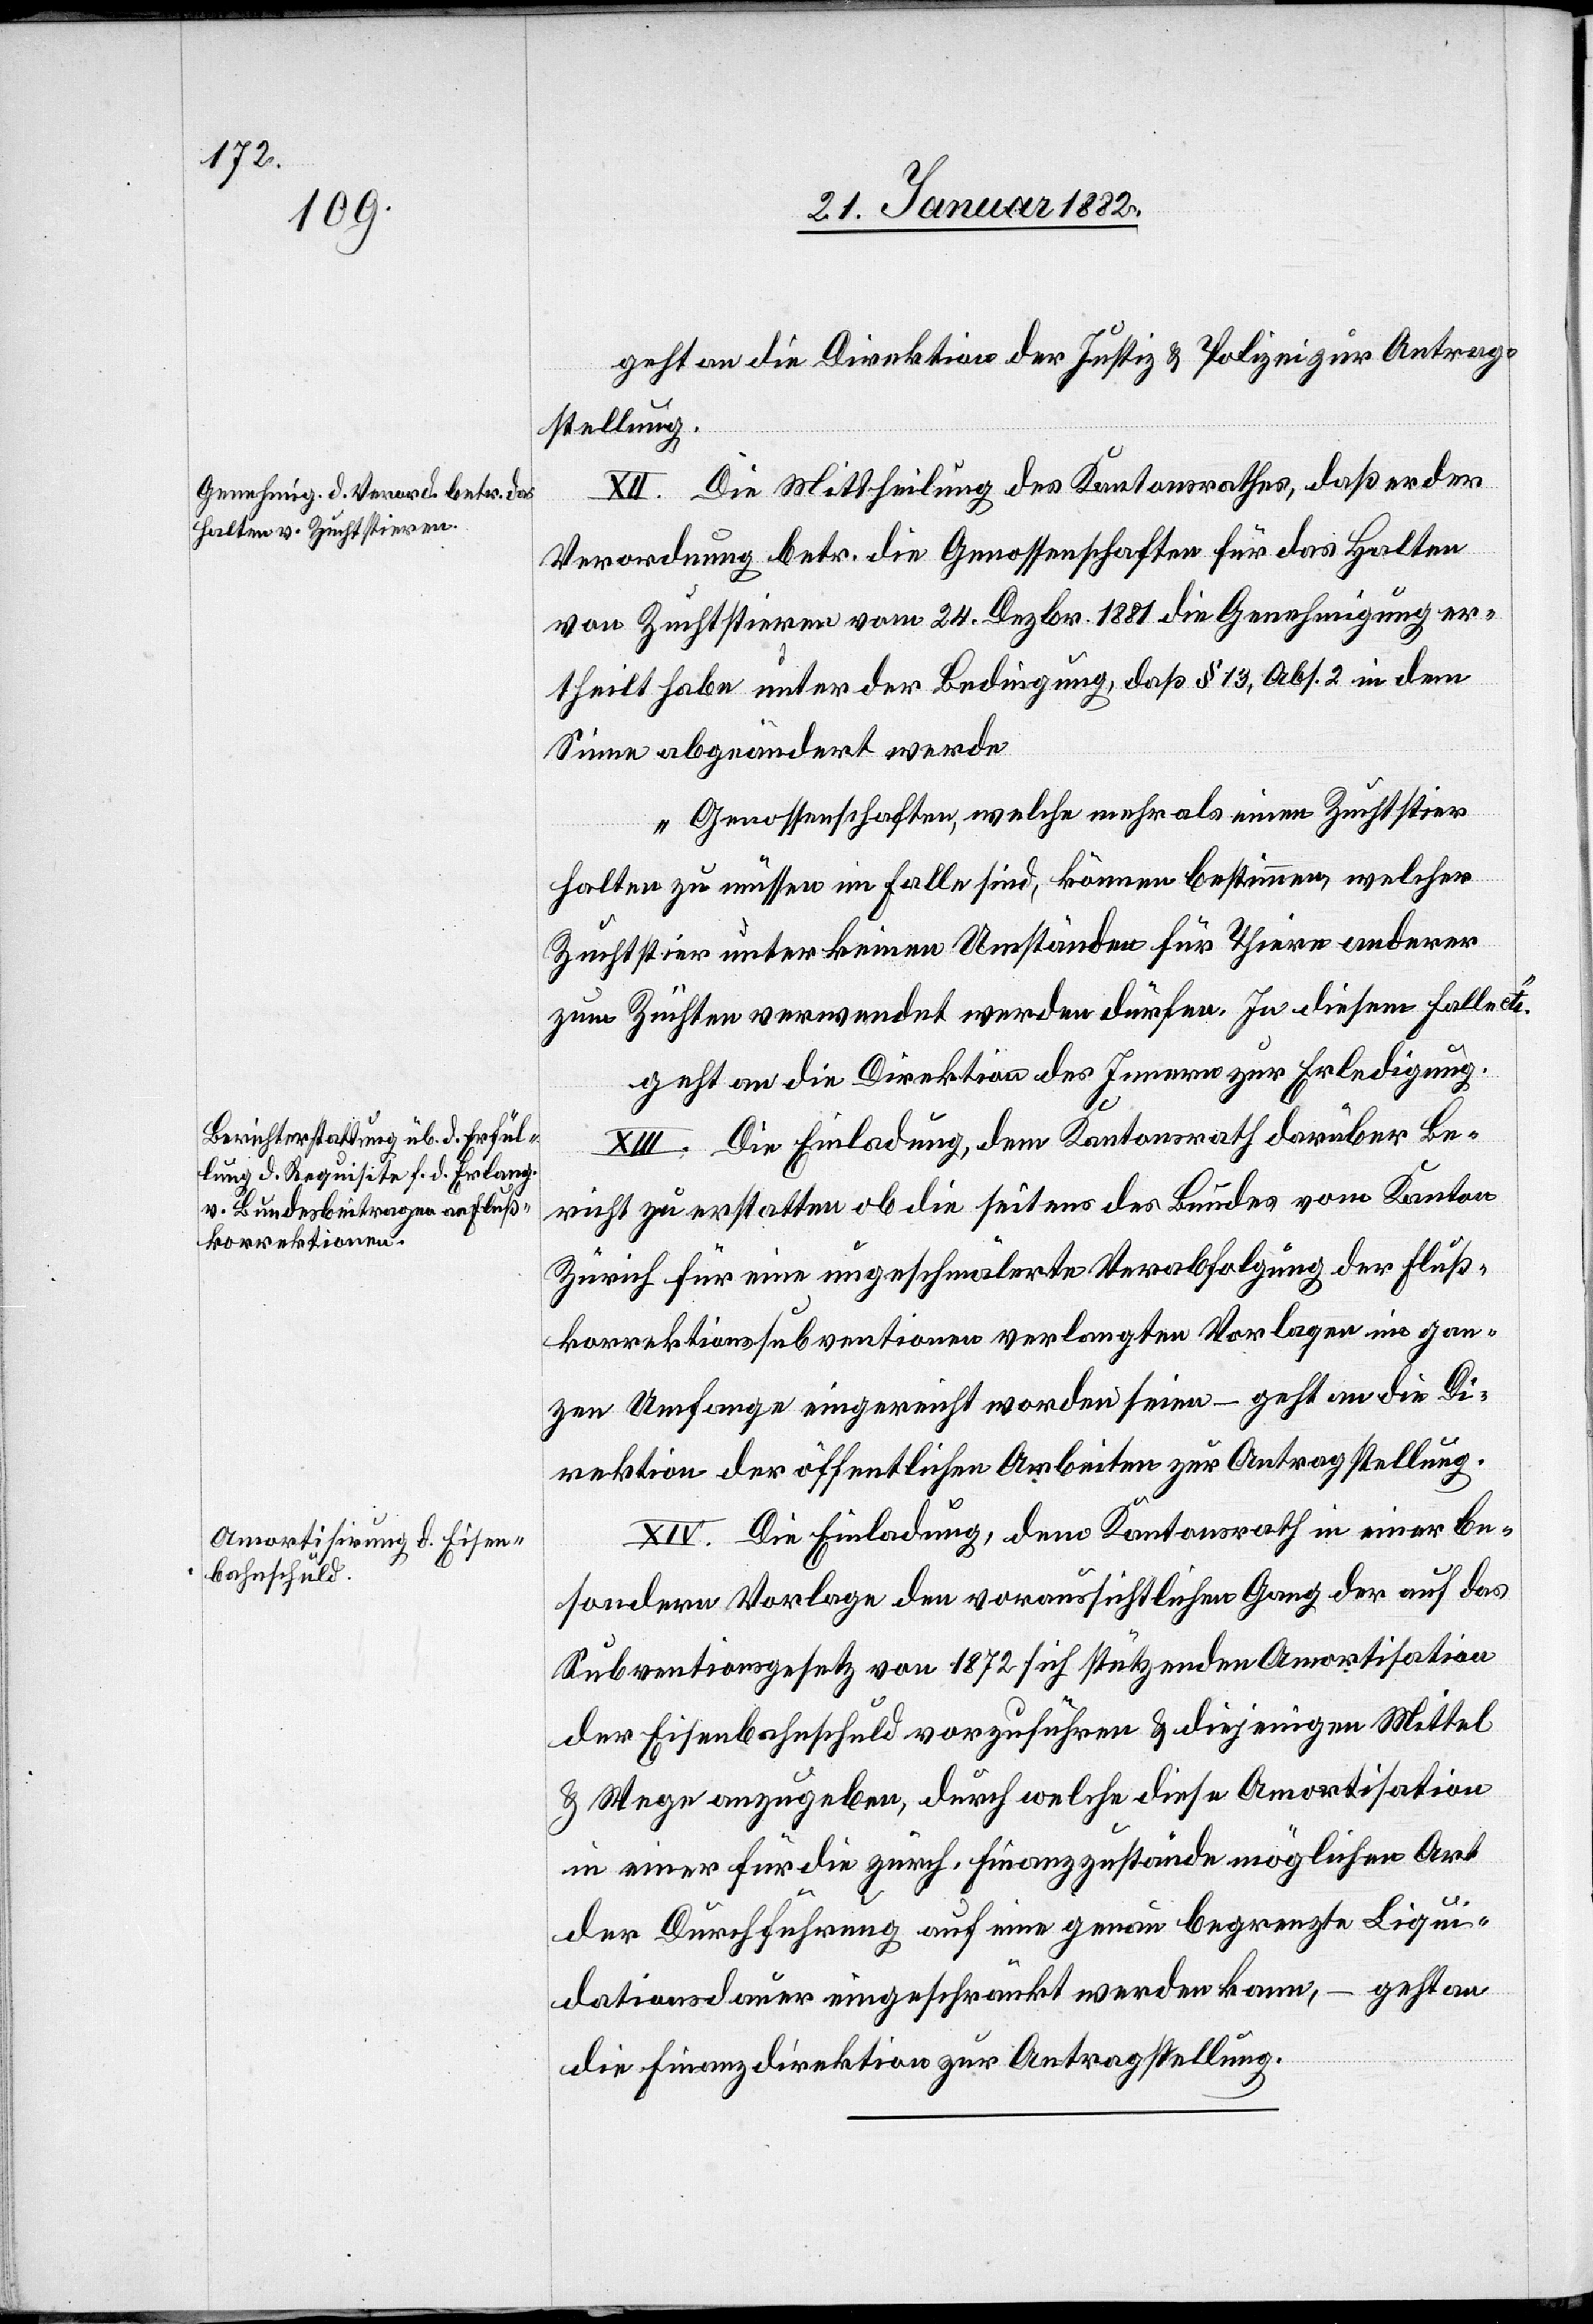
geht an die Direktion der Justiz & Polizei zur Antrag¬
stellung.
XII. Die Mittheilung des Kantonsrathes, daß er der
Verordnung betr. die Genossenschaften für das Halten
von Zuchtstieren vom 24. Dezbr. 1881 die Genehmigung er¬
theilt habe unter der Bedingung, daß § 13, Abs. 2 in dem
Sinne abgeändert werde
„Genossenschaften, welche mehr als einen Zuchtstier
halten zu müssen im Falle sind, können bestimmen, welcher
Zuchtstier unter keinen Umständen für Thiere anderer
zum Züchten verwendet werden dürfen. In diesem Falle
geht an die Direktion des Innern zur Erledigung.
XIII. Die Einladung, dem Kantonsrath darüber Be¬
richt zu erstatten ob die seitens des Bundes vom Kanton
Zürich für eine ungeschmälerte Verabfolgung der Fluß¬
korrektionssubventionen verlangten Vorlagen im gan¬
zen Umfange eingereicht worden seien – geht an die Di¬
rektion der öffentlichen Arbeiten zur Antragstellung.
XIV. Die Einladung, dem Kantonsrath in einer be¬
sonderen Vorlage den voraussichtlichen Gang der auf das
Subventionsgesetz von 1872 sich stützenden Amortisation
der Eisenbahnschuld vorzuführen & diejenigen Mittel
& Wege auszugeben, durch welche diese Amortisation
in einer für die zürch. Finanzzustände möglichen Art
der Durchführung auf eine genau begrenzte Liqui¬
dationsdauer eingeschränkt werden kann, – geht an
die Finanzdirektion zur Antragstellung.